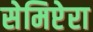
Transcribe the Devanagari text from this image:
सेमिप्टेरा